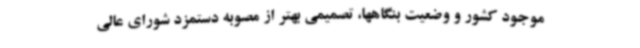
موجود کشور و وضعیت بنگاهها، تصمیمی بهتر از مصوبه دستمزد شورای عالی